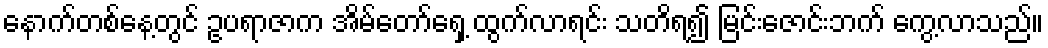
နောက်တစ်နေ့တွင် ဥပရာဇာက အိမ်တော်ရှေ့ ထွက်လာရင်း သတိရ၍ မြင်းဇောင်းဘက် ကွေ့လာသည်။